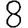
Digit: 8